Vital statistics of India. Vol. IV, Annual returns from 1871 to 1876. British Army of India, Native Army and jails of Bengal
Year: 1871
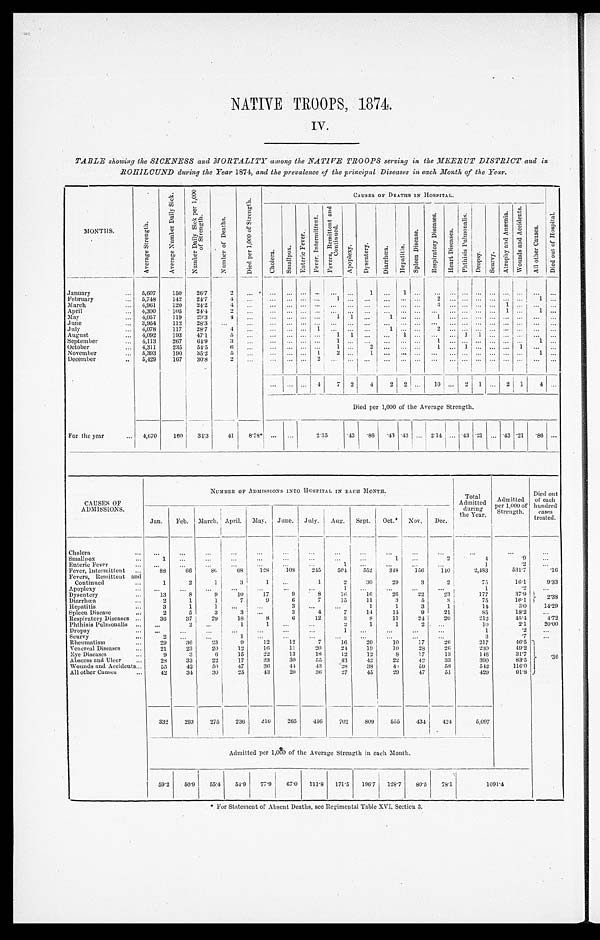
NATIVE TROOPS, 1874.
IV.
TABLE showing the SICKNESS and MORTALITY among the NATIVE TROOPS serving in the MEERUT DISTRICT and in
ROHILCUND during the Year 1874, and the prevalence of the principal Diseases in each Month of the Year .
MONTHS.
A v e r a g e S t r e n g t h .
A v e r a g e N u m b e r D a i l y S i c k .
N u m b e r D a i l y S i c k p e r 1 , 0 0 0 o f S t r e n g t h .
N u m b e r o f D e a t h s .
D i e d p e r 1 , 0 0 0 o f S t r e n g t h .
C A U S E S O F D E A T H S I N H O S P I T A L .
D i e d o u t o f H o s p i t a l .
C h o l e r a .
S m a l l p o x .
E n t e r i c F e v e r .
F e v e r I n t e r m i t t e n t .
F e v e r s , R e m i t t e n t a n d C o n t i n u e d .
A p o p l e x y .
D y s e n t e r y .
Diarrhœa.
H e p a t i t i s .
S p l e e n D i s e a s e .
R e s p i r a t o r y D i s e a s e s .
H e a r t D i s e a s e s .
P h t h i s i s P u l m o n a l i s .
D r o p s y .
S c u r v y .
At r o p h y a n d An æmi a .
W o u n d s a n d A c c i d e n t s .
A l l o t h e r C a u s e s .
January . . .
5,607
150
26.7
2
. . .
. . .
. . .
. . .
. . .
. . .
. . .
1
. . .
1
. . .
. . . . . .
. . .
. . .
. . .. . .
. . .
. . .
. . .
February . . .
5,748
142
24.7
4 . . .
. . .
. . .
. . .
. . .
1
. . .
. . .
. . .
. . .
. . .
2
. . .
. . . . . .
. . .. . .
. . .
1
. . .
March . . .
4,961
120
24.2
4 . . .
. . .
. . .
. . .
. . .
. . .
. . .
. . .
. . .
. . .
. . .
3
. . .
. . . . . .
. . .1
. . .
. . . . . .
April . . .
4,300
105
24.4
2 . . .
. . .
. . .
. . .
. . .
. . .
. . .
. . .
. . .
. . .
. . .
. . .
. . .
. . .
. . .
. . . 1
. . .
1
. . .
May . . .
4,057
119
2 9 . 3
4
. . .
. . .
. . .
. . . . . .
1
1
. . .
1
. . .
. . .
1
. . .
. . .
. . .
. . . . . .
. . .
. . .
. . .
June . . .
3,954
112
28.3
. . .
. . .
. . .
. . .
. . .
. . .
. . .
. . .
. . .
. . .
. . .
. . .
. . .
. . .
. . .
. . .
. . . . . .
. . .
. . .
. . .
July . . .
4,078
117
28.7
4
. . .
. . .
. . .
. . . 1
. . .
. . .
. . .
1
. . .
. . .
2
. . .
. . .
. . .
. . . . . .
. . . . . .
. . .
August . . .
4,092
193
47.1
5 . . .
. . .
. . .
. . .
. . .
1
1
. . .
. . .
1
. . .. . .
. . .
1
1
. . . . . .
. . .
. . .
. . .
September . . .
4,113
267
64.9
3
. . .
. . .
. . .
. . .
. . .
1
. . . . . .
. . .
. . .
. . .
1 . . .
. . .
. . .
. . .. . .
. . .
1
. . .
October . . .
4,311
235
54.5
6
. . .
. . .
. . .
. . .
. . .
1
. . .
2
. . .
. . .
. . .1
. . .
1
. . .
. . .. . .
1
. . .
. . .
November . . .
5,393
190
35.2
5
. . .
. . .
. . .
. . . 1
2
. . .
1
. . .
. . .
. . .
. . .
. . .
. . .
. . .
. . . . . .
. . .
1
. . .
December . . .
5,429
167
30.8
2 . . .
. . .
. . .
. . .
2
. . .
. . .
. . .
. . .
. . .
. . .
. . .
. . .
. . .
. . .
. . . . . .
. . .
. . .
. . .
. . .
. . .
. . . 4
7
2
4
2
2
. . .
10
. . .
2
1
. . . 2
1 4
. . .
Died per 1,000 of the Average Strength.
For the year . . .
4,670
160
34.3
41
8.78
. . .
. . .
2.35
.43
.86
.43 .43
. . . 2.14
. . . .43 .21
. . . .43 .21
. 8 6 . . .
CAUSES OF
ADMISSIONS.
NUMBER OF ADMISSIONS INTO HOSPITAL IN EACH MONTH.
Total
Admitted
during
the Year.
Admitted
per 1,000 of
Strength.
Died out
of each
hundred
cases
treated.
Jan.
Feb. March. April.
May.
June.
July.
Aug.
Sept.
Oct.
Nov.
Dec.
Cholera . . .
. . .
. . .
. . .
. . .
. . .
. . .
. . .
. . .
. . .
. . .
. . .
. . .
. . .
. . .
. . .
Smallpox . . .
1
. . .
. . .
. . .
. . .
. . .
. . .
. . .
. . .
1
. . .
2
4
.9
. . .
Enteric Fever . . .
. . .
. . .
. . .
. . .
. . .
. . .
. . .
1
. . .
. . .
. . .
. . .
1
.2
. . .
Fever, Intermittent . . .
88
66
8 0
68
128
108
245
504
552
348
156
140
2,483
531.7
.16
Fevers, Remittent and
Continued . . .
1
2
1
3
1
. . .
1
2
30
29
3
2
75
16.1
9.33
Apoplexy . . .
. . .
. . .
. . .
. . .
. . .
. . .
. . .
1
. . .
. . .
. . .
. . .
1
. 2
. . .
Dysentery . . .
13
8
9
10
17
9
8
16
16
26
22
23
177
37.9
2.38
Diarrhœa . . .
2
1
1
7
9
6
7
15
11
3
5
8
75
16.1
Hepatitis . . .
3
1
1
. . .
. . .
3
. . .
. . .
1
1
3
1
14
3.0
14.29
Spleen Disease . . .
2
5
3
3
. . .
3
4
7
14
14
9
21
85
18.2
. . .
Respiratory Diseases . . .
36
37
29
18
8
6
12
3
8
11
24
20
212
45.4
4.72
Phthisis Pulmonalis . . .
. . .
2
. . .
1
1
. . .
. . .
2
1
1
2
. . .
10
2.1
20.00
Dropsy . . .
. . .
. . .
. . .
. . .
. . .
. . .
. . .
1
. . .
. . .
. . .
. . .
1
.2
. . .
Scurvy . . .
2
. . .
. . .
1
. . .
. . .
. . .
. . .
. . .
. . .
. . .
. . .
3
.7
. . .
Rheumatism . . .
29
36
23
9
12
12
7
16
20
10
17
26
217
46.5 .36
Venereal Diseases . . .
21
23
20
12
16
11
20
24
19
1 0
28
26
230
49.2
Eye Diseases . . .
9
3
6
15
22
13
18
12
12
8
17
13
148
31.7
Abscess and Ulcer . . .
28
33
22
17
23
30
55
43
42
22
42
33
390
83.5
Wounds and Accidents . . .
55
42
50
47
36
44
43
28
38
4<i l l egi bl e>
59
58
542
116.0
All other Causes . . .
42
34
30
25
43
20
36
27
45
29
47
51
429
91.8
332
293
275
236 316
265
456
702
809
555
434
424
5,097
Admitted per 1,000 of the Average Strength in each Month.
59.2
50.9
55.4
54.9
77.9
67. 0
111.8
171.5
196.7
128.7
80.5
78.1
1091.4
* For Statement of Absent Deaths, see Regimental Table XVI, Section 3.